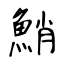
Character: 鮹